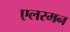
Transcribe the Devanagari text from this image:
एलरमन